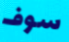
سوف